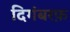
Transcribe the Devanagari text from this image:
दिगंबरफ़